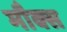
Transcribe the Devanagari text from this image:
मौक्स